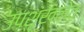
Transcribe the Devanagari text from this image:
उपशृंखलेत